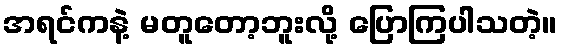
အရင်ကနဲ့ မတူတော့ဘူးလို့ ပြောကြပါသတဲ့။